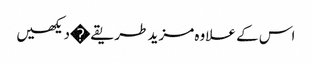
اس کے علاوہ مزید طریقے�دیکھیں